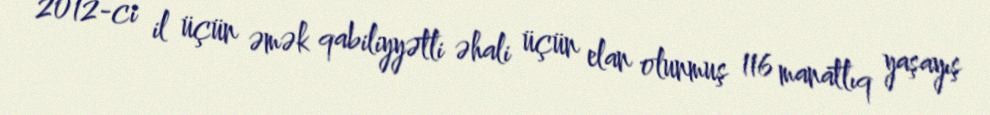
2012-ci il üçün əmək qabiliyyətli əhali üçün elan olunmuş 116 manatlıq yaşayış